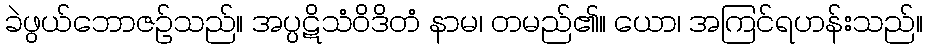
ခဲဖွယ်ဘောဇဉ်သည်။ အပ္ပဋိသံဝိဒိတံ နာမ၊ တမည်၏။ ယော၊ အကြင်ရဟန်းသည်။